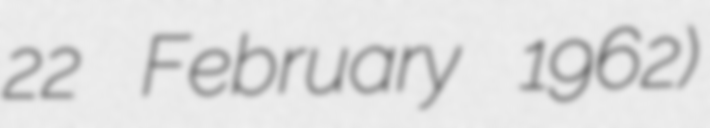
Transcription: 22 February 1962)